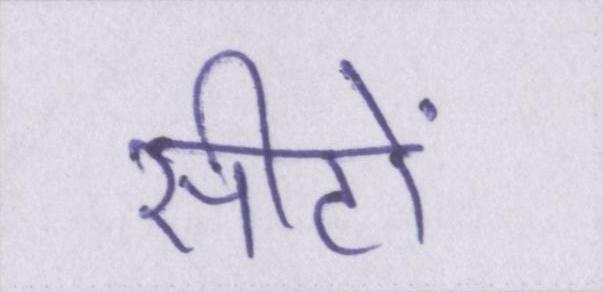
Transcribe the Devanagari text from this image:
सीटों